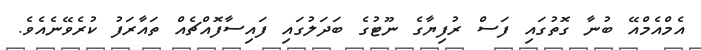
އެމްއެމްއޭ ބުނާ ގޮތުގައި ފަސް ރުފިޔާގެ ނޫޓުގެ ބަދަލުގައި ފައިސާފޮއްޗެއް ތައާރަފު ކުރެވޭނެއެވެ.